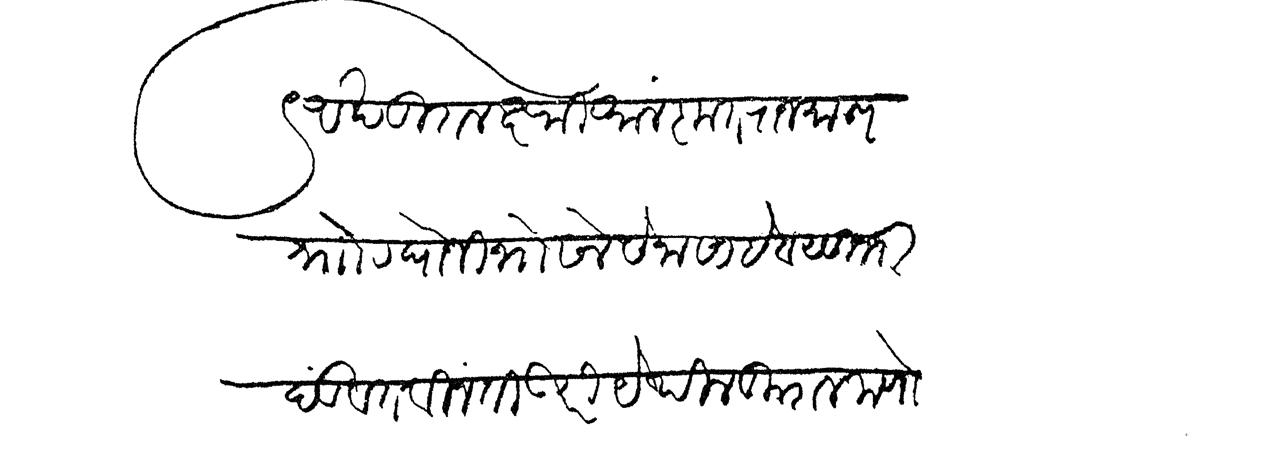
Transliteration (Devanagari): अखंडित लक्ष्मी आलंकृत राजमान्य रघोजी भोसले सेनासाहेब सुभा दंडवत विनंती उपरी येथील कुशल जाणो